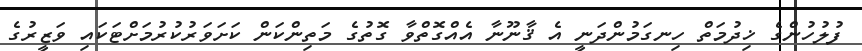
ފުލުހުންގެ ޚިދުމަތް ހިނގަމުންދަނީ އެ ޤާނޫނާ އެއްގޮތްވާ ގޮތުގެ މަތިންކަން ކަށަވަރުކުރުމަށްޓަކައި ވަޒީރުގެ